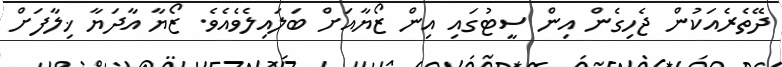
ދޭތެރެއަކުން ޖެހިގެން އިން ސީޓުގައި އިން ޒޯޔާއަށް ބަލައިލެވެއެވެ. ޒޯޔާ އާދަޔާ ޚިލާފަަށް